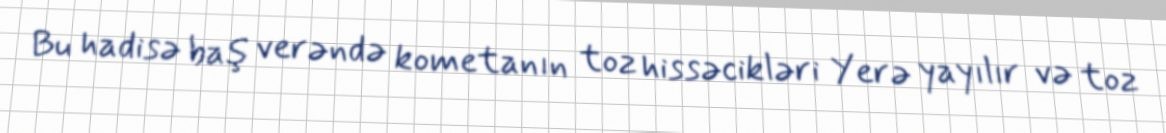
Bu hadisə baş verəndə kometanın toz hissəcikləri Yerə yayılır və toz